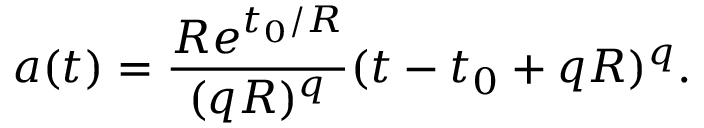
a ( t ) = \frac { R e ^ { t _ { 0 } / R } } { ( q R ) ^ { q } } ( t - t _ { 0 } + q R ) ^ { q } .